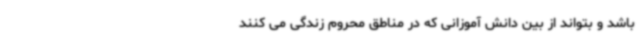
باشد و بتواند از بین دانش آموزانی که در مناطق محروم زندگی می کنند